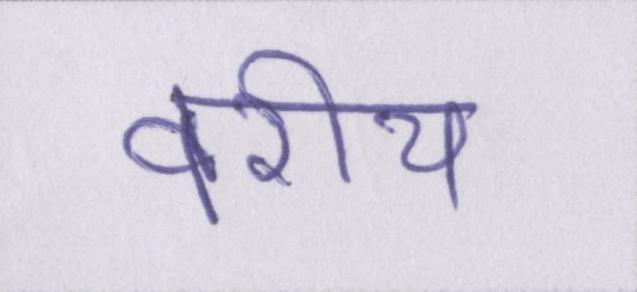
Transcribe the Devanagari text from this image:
वरीय